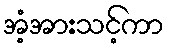
အံ့အားသင့်ကာ